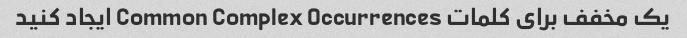
یک مخفف برای کلمات Common Complex Occurrences ایجاد کنید